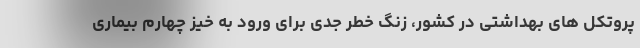
پروتکل های بهداشتی در کشور، زنگ خطر جدی برای ورود به خیز چهارم بیماری